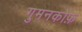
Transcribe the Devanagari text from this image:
गुमनकोफ़